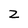
Character: z